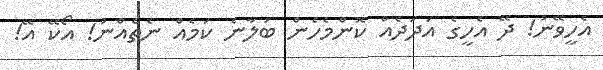
އެހީވޭނު! ދޭ އެހީގެ އަދަދެއް ކޮންމެހެން ބަލާނެ ކަމެއް ނެތެއްނު! އޯކޭ އޭ!